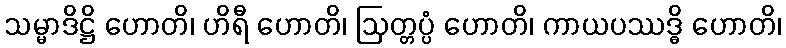
သမ္မာဒိဋ္ဌိ ဟောတိ၊ ဟိရီ ဟောတိ၊ ဩတ္တပ္ပံ ဟောတိ၊ ကာယပဿဒ္ဓိ ဟောတိ၊